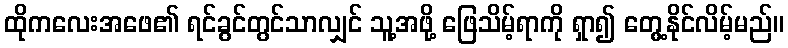
ထိုကလေးအဖေ၏ ရင်ခွင်တွင်သာလျှင် သူ့အဖို့ ဖြေသိမ့်ရာကို ရှာ၍ တွေ့နိုင်လိမ့်မည်။